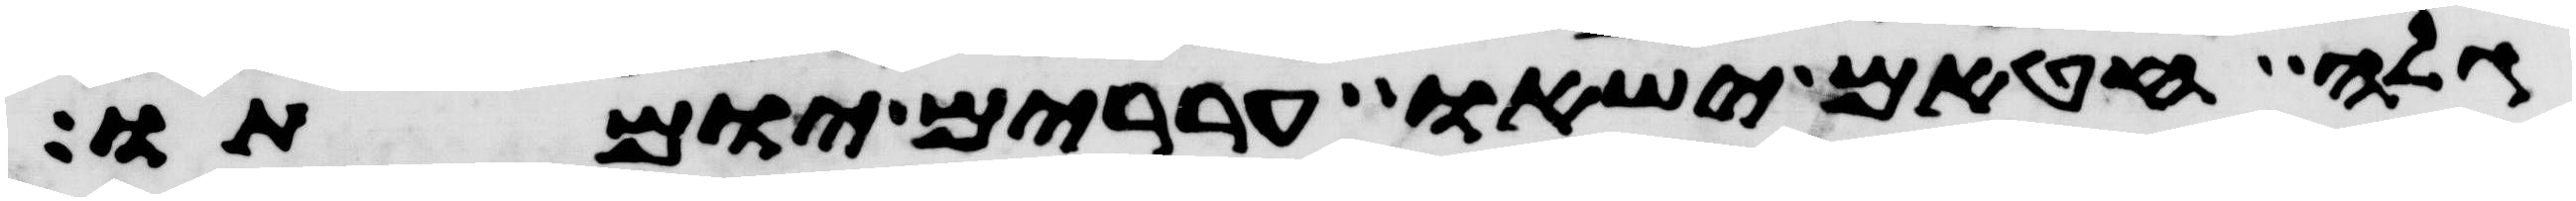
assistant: גלה חטאם ישאו עררים יומתו